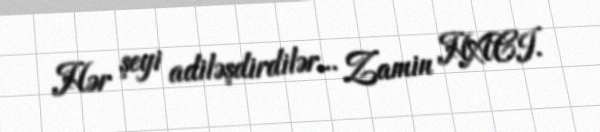
Hər şeyi adiləşdirdilər... Zamin HACI.